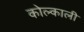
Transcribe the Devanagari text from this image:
कोल्काली